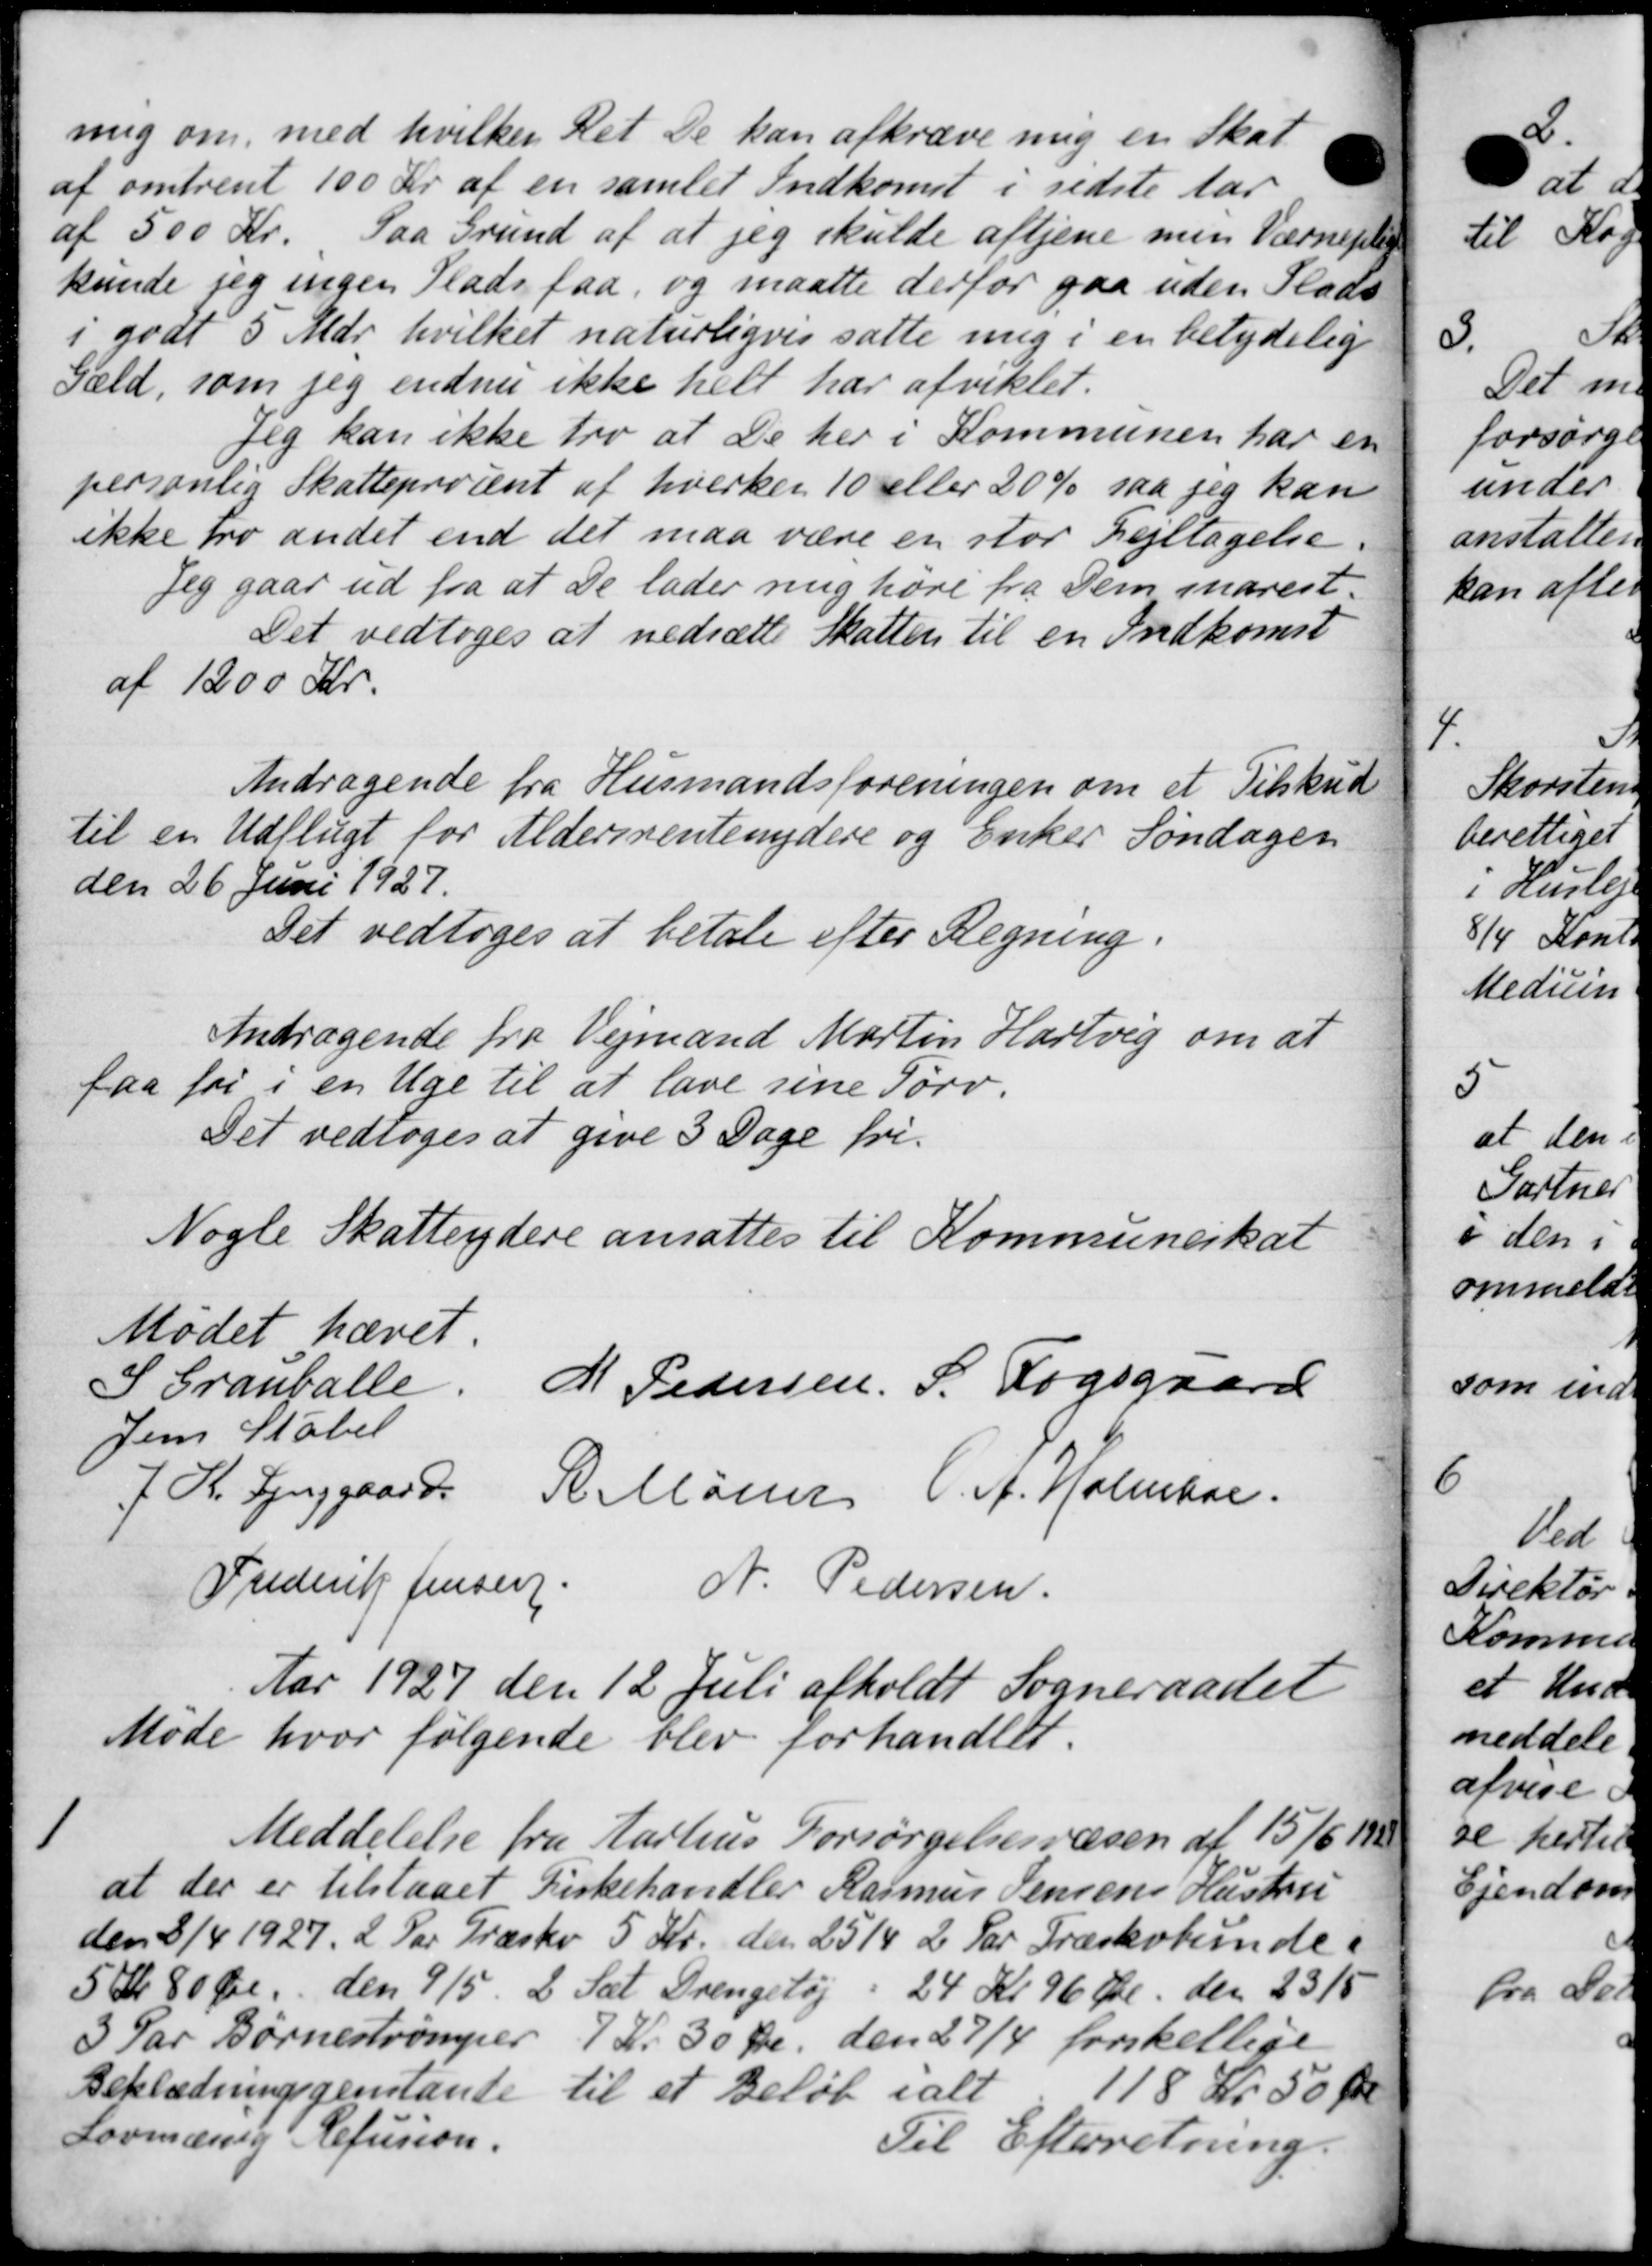
Transskription:
nig om med hvilken Ret De kan afkræve mig en skat
af omtrent 100 Kr. af en samlet Indkomst i sidste Aar
af 500 Kr. Paa Grund af at jeg skulde aftjene men Værneplig
kunde jeg ingen Plads faa, og maatte derfor gaa uden Plads
i godt 5 Mdr hvilket naturligvis satte mig i en betydelig
Gæld, som jeg endnu ikke helt har afviklet.
Jeg kan ikke tro at De her i Kommunen har en
personlig Skatteprocent af hverken 10 eller 20 % saa jeg kan
ikke tro andet end det maa være en stor Lejltagelse.
Teg gaar ud fra at De lader mig høre fra Dem snarest.
Det vedtoges at nedsætte Skatten til en Indkomst
af 1200 Kr.
Andragende fra Husmandsforeningen om et Tilskud
til en Udflugt for Aldersrentenydere og Enker Søndagen
den 26 Juni 1927.
Det vedtoges at betale efter Regning.
Andragende fra Vejmand Martin Hartvig om at
faa fri i en Uge til at lave sine Tørv.
Det vedtoges at give 3 Dage fri-
Nogle Skatteydere ansattes til Kommuneskat
Mødet hævet.
S Grantalle. H. Pedersen, S. Fogsgaard
Jens Støbel
J. K. Lynggaard R. Møder C. A. Holmboe
Frederik Jensen N. Pedersen.
Aar 1927 den 12 Juli afholdt Sogneraadet
Møde hvor følgende blev forhandlet.

Meddelelse fra Aarhus Forsørgelsesvæsen af 15/6 192
at der er tilstaaet Kirkehandler Rasmus Jensens Hustru
den 8/4 1927. 2 Par Træskev 5 Kr. den 25/4 2 Par Græskvbunde i
5 kr 80 Øre, den 9/5. 2 Sæt Drengetøj i 24 Kr 96 Øre den 23/5
3 Par Børnestrømper 7 Kr. 30 Øre den 27/4 forskellige
Beklædningsgenstante til et Beløb ialt 118 kr. 50 Øre
Lovmæssig Efusion.
Til Efterretning.